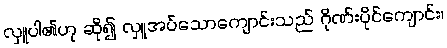
လှူပါ၏ဟု ဆို၍ လှူအပ်သောကျောင်းသည် ဂိုဏ်းပိုင်ကျောင်း၊